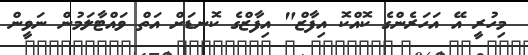
މިހުރީ އޭ އަހަރެންގެ ކޮއްކޮ އިފާޒް" އިފާޒްގެ ކޮނޑަށް އަތް ވައްޓާލަމުން ނަވީން